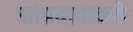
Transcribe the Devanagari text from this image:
सांप्रदायाकडे